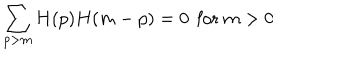
\sum _ { p > m } H ( p ) H ( m - p ) = 0 \, \mathrm { ~ f o r ~ } m > 0